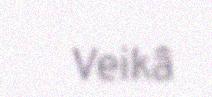
Veikâ